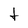
Character: t